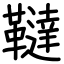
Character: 韃